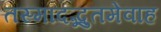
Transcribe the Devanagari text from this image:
तस्मादद्भुतमेवाह